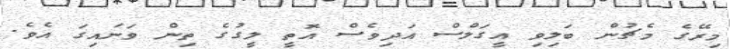
މިރޭގެ މެޗުން ބަލިވި އީގަލްސް އަދިވެސް އޮތީ ލީގުގެ ތިން ވަނައިގަ އެވެ.